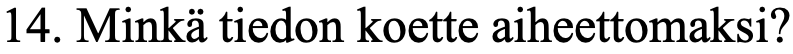
14. Minkä tiedon koette aiheettomaksi?